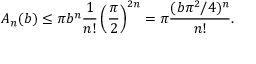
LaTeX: A _ { n } ( b ) \leq \pi b ^ { n } { \frac { 1 } { n ! } } \left( { \frac { \pi } { 2 } } \right) ^ { 2 n } = \pi { \frac { ( b \pi ^ { 2 } / 4 ) ^ { n } } { n ! } } .